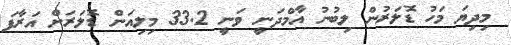
މިދިޔަ މަހު ޑޮލަރުން ލިބުނު އާމްދަނީ ވަނީ 33.2 މިލިއަން ޑޮލަރަށް އަރާފަ